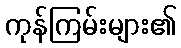
ကုန်ကြမ်းများ၏